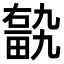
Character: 𤲽